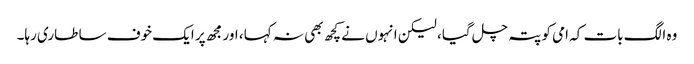
وہ الگ بات کہ امی کو پتہ چل گیا، لیکن انہوں نے کچھ بھی نہ کہا، اور مجھ پر ایک خوف سا طاری رہا۔